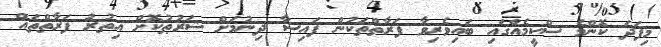
މިފަދަ ކޮންމެ ސްކީމެއްގައި ބައިވެރިވާ ފަރާތްތަކުން ފައިސާ ދިނުމަށް ޝަރުޠުކޮށް އިތުރު ފަރާތްތައް